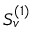
S _ { v } ^ { ( 1 ) }